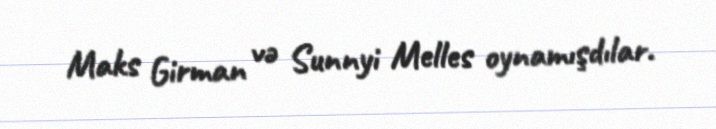
Maks Girman və Sunnyi Melles oynamışdılar.